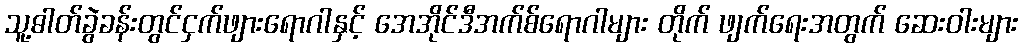
သူ့ဓါတ်ခွဲခန်းတွင်ငှက်ဖျားရောဂါနှင့် အေအိုင်ဒီအက်စ်ရောဂါများ တိုက် ဖျက်ရေးအတွက် ဆေးဝါးများ